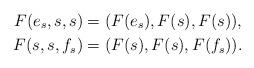
LaTeX: \begin{align*}F(e_s,s,s) &=(F(e_s),F(s),F(s)),\\ F(s,s,f_s)&=(F(s),F(s),F(f_s)).\end{align*}